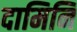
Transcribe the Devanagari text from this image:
दामिनि